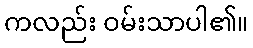
ကလည်း ဝမ်းသာပါ၏။